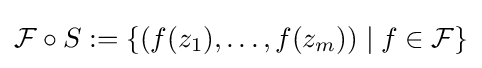
{\mathcal {F}}\circ S:=\{(f(z_{1}),\ldots ,f(z_{m}))\mid f\in {\mathcal {F}}\}